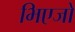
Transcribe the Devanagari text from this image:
भिएजो